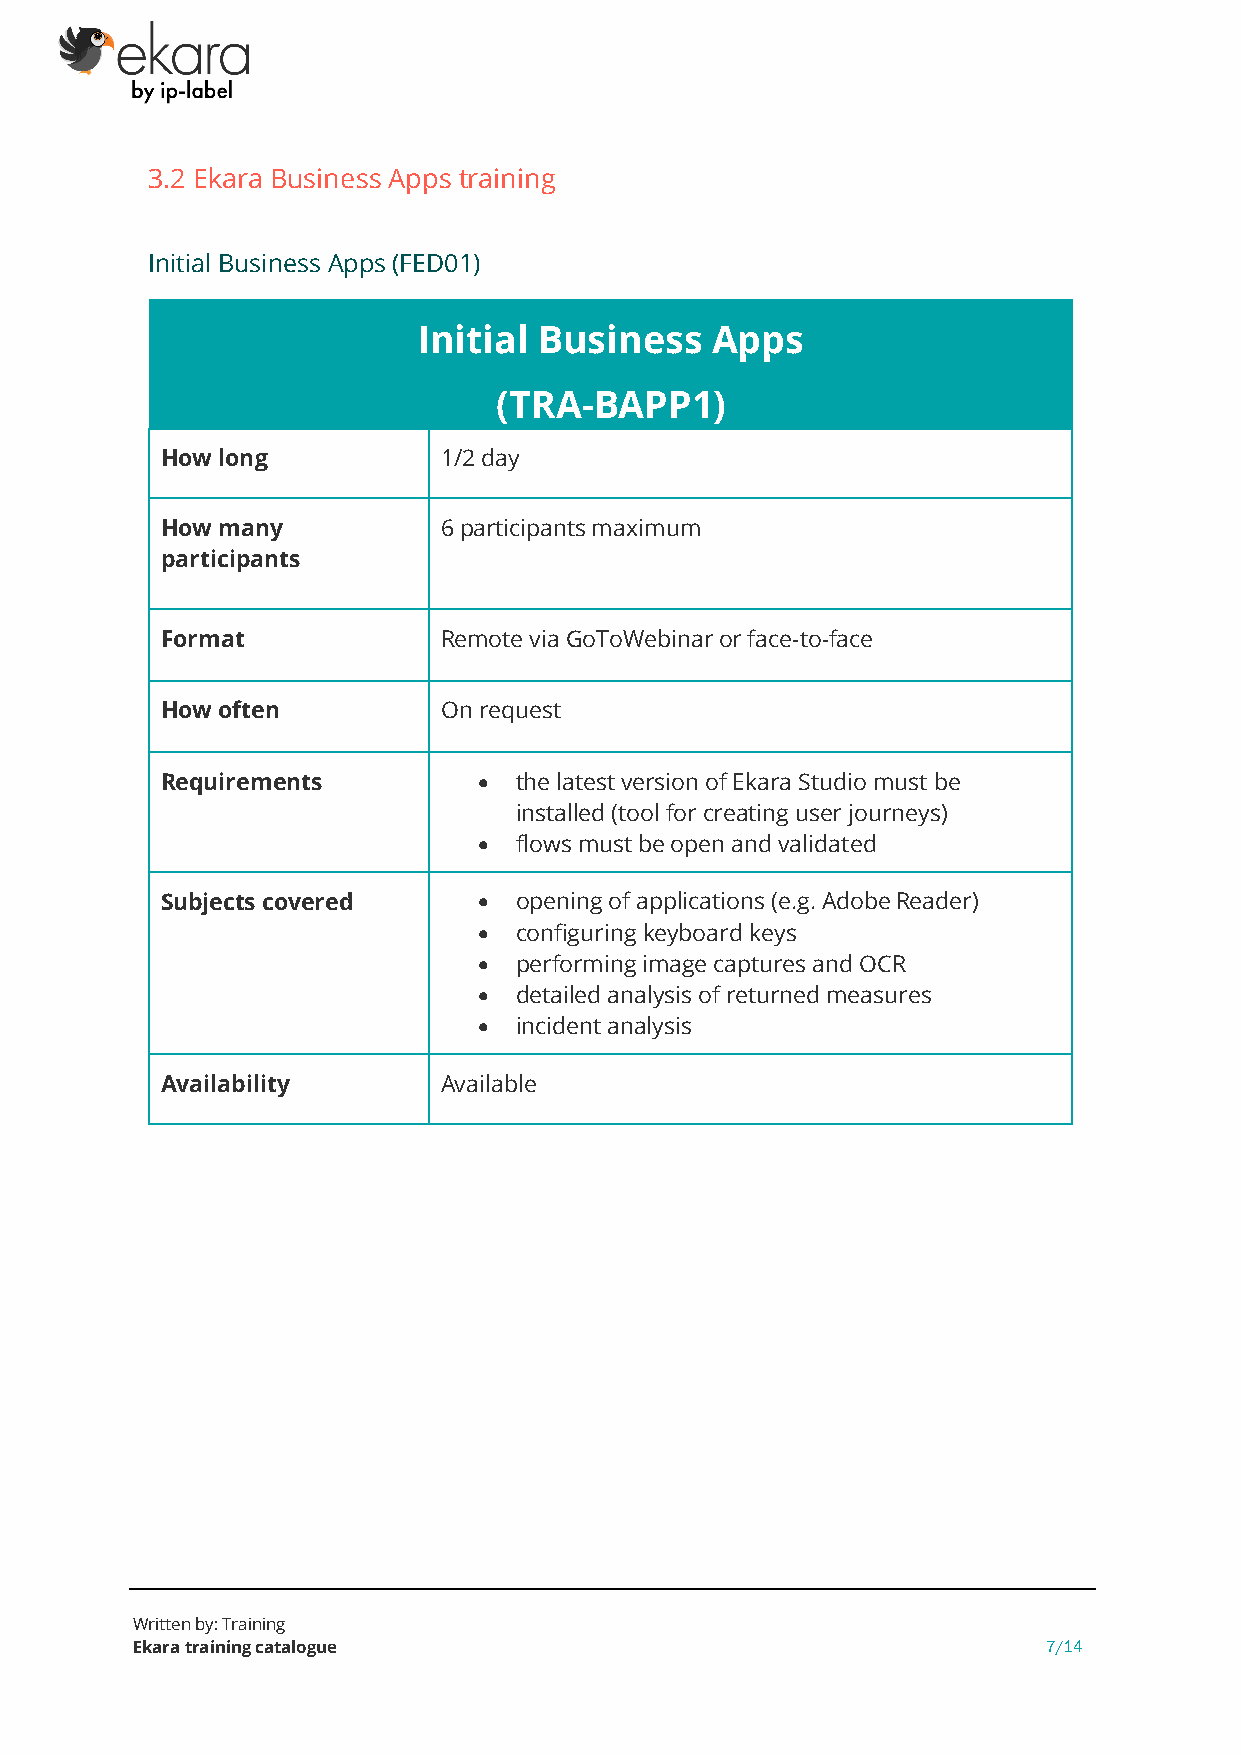
3.2 Ekara Business Apps training
 Initial Business Apps (FED01)
 Initial Business   Apps
 (TRA-BAPP1)
 How long          1/2 day
 How many          6 participants maximum
 participants
 Format            Remote via GoToWebinar or face-to-face
 How often         On request
 Requirements         • the latest version of Ekara Studio must be
 installed (tool for creating user journeys)
 • flows must be open and validated
 Subjects covered     • opening of applications (e.g. Adobe Reader)
 • configuring keyboard keys
 • performing image captures and OCR
 • detailed analysis of returned measures
 • incident analysis
 Availability      Available
 Written by: Training
 Ekara training catalogue                                    7/14